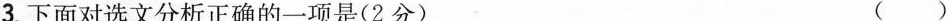
3.下面对选文分析正确的一项是(2分) ()